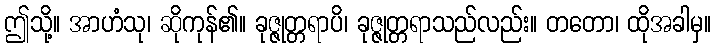
ဤသို့။ အာဟံသု၊ ဆိုကုန်၏။ ခုဇ္ဇုတ္တရာပိ၊ ခုဇ္ဇုတ္တရာသည်လည်း။ တတော၊ ထိုအခါမှ။